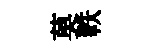
莫軼